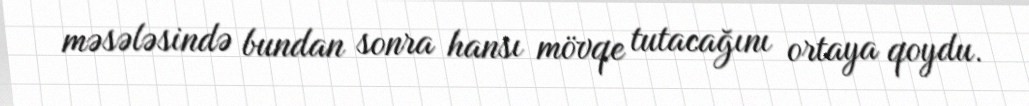
məsələsində bundan sonra hansı mövqe tutacağını ortaya qoydu.